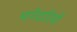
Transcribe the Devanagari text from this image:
भागेदारियों